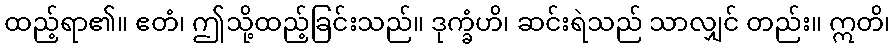
ထည့်ရာ၏။ ဧတံ၊ ဤသို့ထည့်ခြင်းသည်။ ဒုက္ခံဟိ၊ ဆင်းရဲသည် သာလျှင် တည်း။ ဣတိ၊